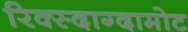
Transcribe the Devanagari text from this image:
रिक्स्दाग्दामोट